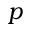
p